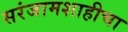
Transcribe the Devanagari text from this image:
सरंजामशाहीचा